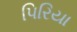
પિરિયા